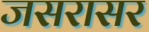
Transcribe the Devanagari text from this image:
जसरासर